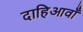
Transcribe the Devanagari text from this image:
दाहिआवाँ